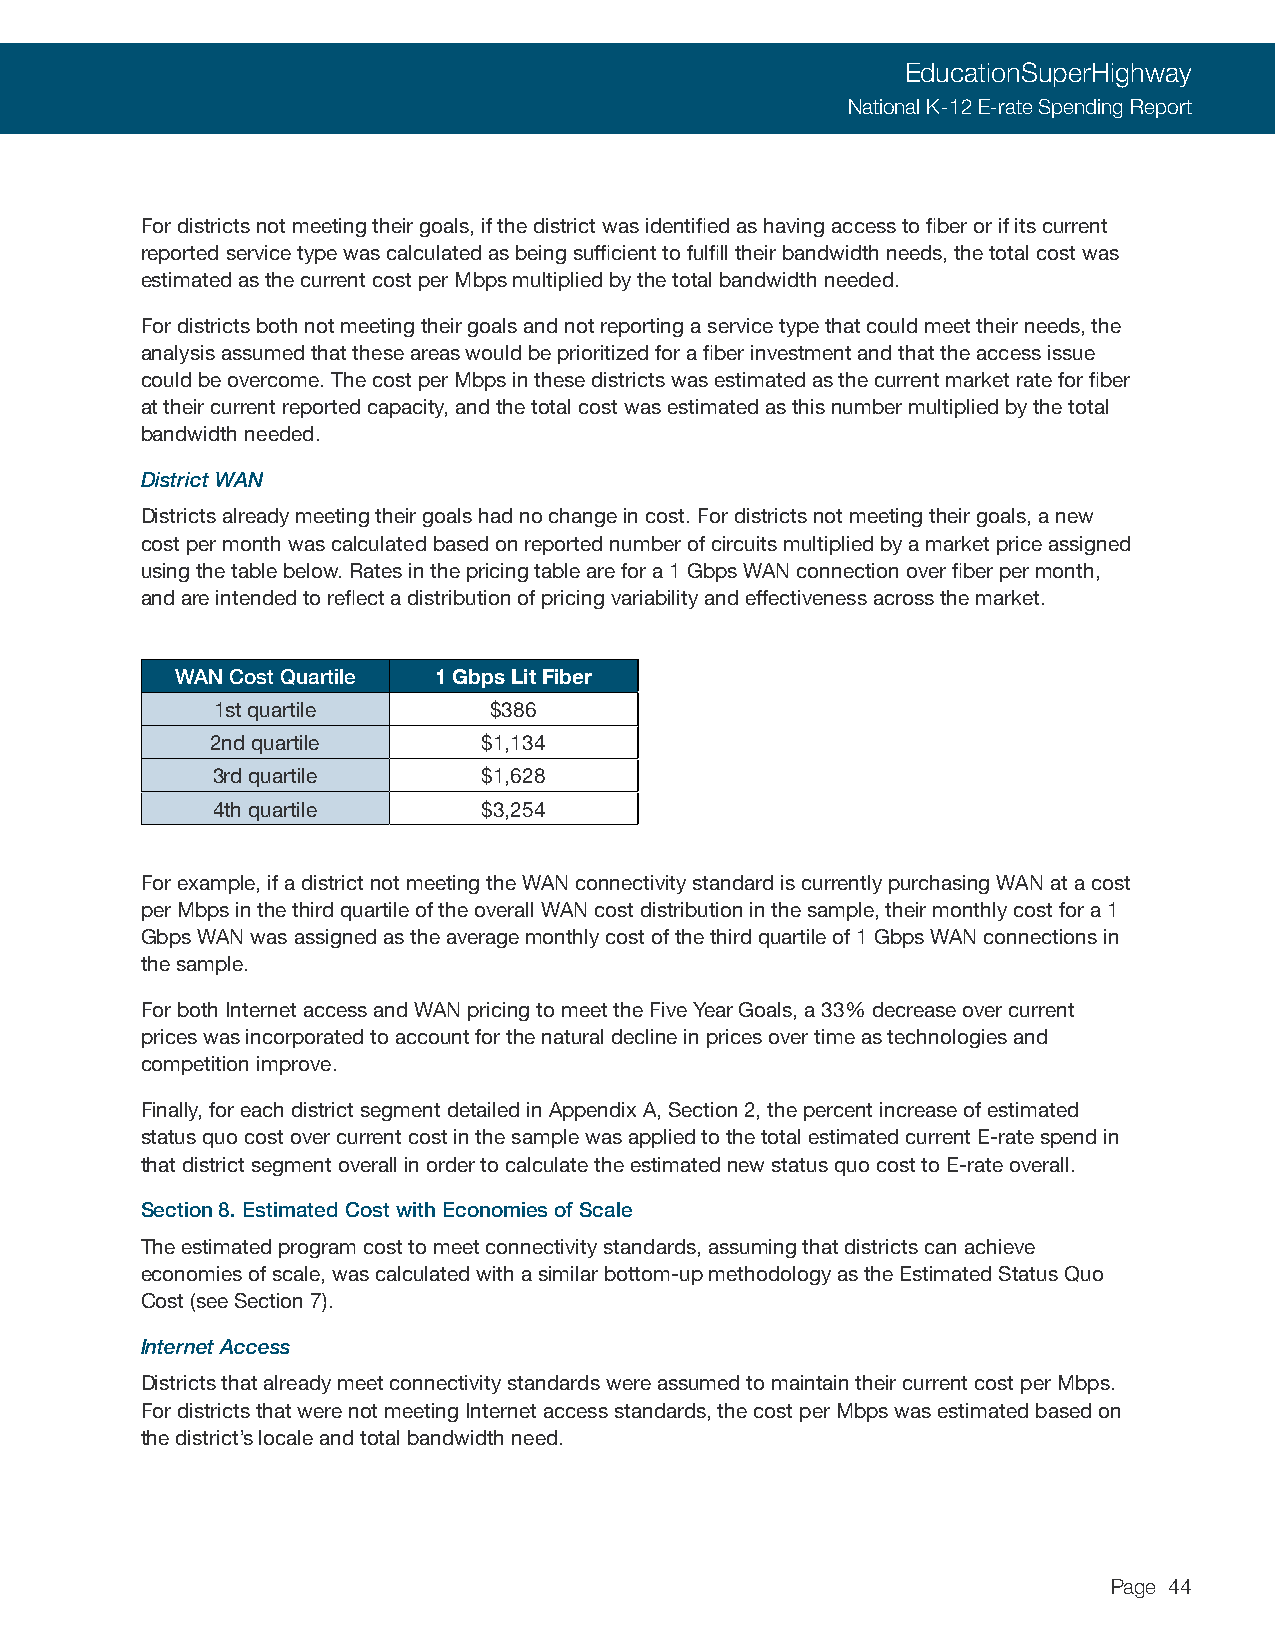
EducationSuperHighway
 National K-12 E-rate Spending Report
 For districts not meeting their goals, if the district was identified as having access to fiber or if its current
 reported service type was calculated as being sufficient to fulfill their bandwidth needs, the total cost was
 estimated as the current cost per Mbps multiplied by the total bandwidth needed.
 For districts both not meeting their goals and not reporting a service type that could meet their needs, the
 analysis assumed that these areas would be prioritized for a fiber investment and that the access issue
 could be overcome. The cost per Mbps in these districts was estimated as the current market rate for fiber
 at their current reported capacity, and the total cost was estimated as this number multiplied by the total
 bandwidth needed.
 District WAN
 Districts already meeting their goals had no change in cost. For districts not meeting their goals, a new
 cost per month was calculated based on reported number of circuits multiplied by a market price assigned
 using the table below. Rates in the pricing table are for a 1 Gbps WAN connection over fiber per month,
 and are intended to reflect a distribution of pricing variability and effectiveness across the market.
 WAN Cost Quartile 1 Gbps Lit Fiber
 1st quartile      $386
 2nd quartile      $1,134
 3rd quartile      $1,628
 4th quartile      $3,254
 For example, if a district not meeting the WAN connectivity standard is currently purchasing WAN at a cost
 per Mbps in the third quartile of the overall WAN cost distribution in the sample, their monthly cost for a 1
 Gbps WAN was assigned as the average monthly cost of the third quartile of 1 Gbps WAN connections in
 the sample.
 For both Internet access and WAN pricing to meet the Five Year Goals, a 33% decrease over current
 prices was incorporated to account for the natural decline in prices over time as technologies and
 competition improve.
 Finally, for each district segment detailed in Appendix A, Section 2, the percent increase of estimated
 status quo cost over current cost in the sample was applied to the total estimated current E-rate spend in
 that district segment overall in order to calculate the estimated new status quo cost to E-rate overall.
 Section 8. Estimated Cost with Economies of Scale
 The estimated program cost to meet connectivity standards, assuming that districts can achieve
 economies of scale, was calculated with a similar bottom-up methodology as the Estimated Status Quo
 Cost (see Section 7).
 Internet Access
 Districts that already meet connectivity standards were assumed to maintain their current cost per Mbps.
 For districts that were not meeting Internet access standards, the cost per Mbps was estimated based on
 the district’s locale and total bandwidth need.
 Page 44